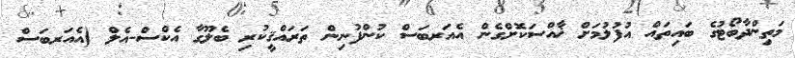
މަތިންދާބޯޓުގެ ބައިތައް އުފުލުމަށް ޚާއްސަކޮށްގެން އެއަރބަސް ކުންފުނިން ތަރައްޤީކުރި ބެލޫގާ އެކްސް-އެލް (އެއަރބަސް